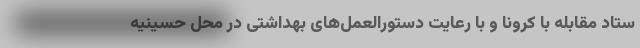
ستاد مقابله با کرونا و با رعایت دستورالعمل‌های بهداشتی در محل حسینیه